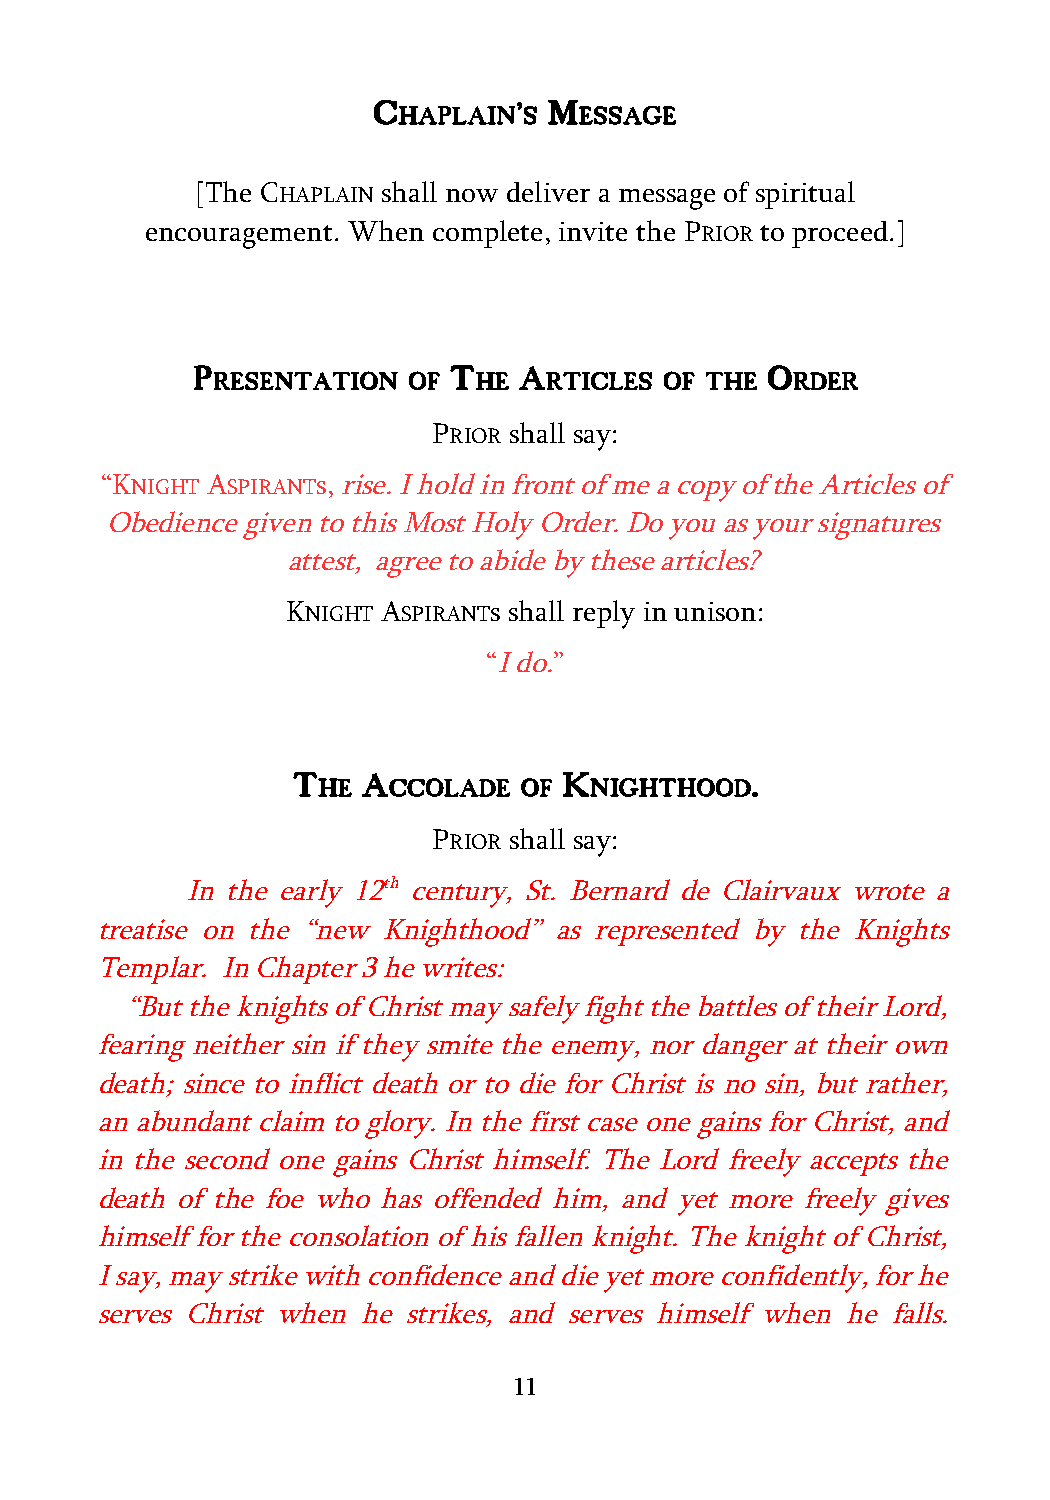
C        ' M
 HAPLAIN  S  ESSAGE
 [The CHAPLAIN shall now deliver a message of spiritual
 encouragement. When complete, invite the PRIOR to proceed.]
 P                T   A                O
 RESENTATION  OF  HE   RTICLES OF THE   RDER
 PRIOR shall say:
 “KNIGHT ASPIRANTs, rise. I hold in front of me a copy of the Articles of
 Obedience given to this Most Holy Order. Do you as your signatures
 attest, agree to abide by these articles?
 KNIGHT ASPIRANTs shall reply in unison:
 “I do.”
 T    A            K            .
 HE   CCOLADE  OF  NIGHTHOOD
 PRIOR shall say:
 In the early 12th century, St. Bernard de Clairvaux wrote a
 treatise on the “new Knighthood” as represented by the Knights
 Templar. In Chapter 3 he writes:
 “But the knights of Christ may safely fight the battles of their Lord,
 fearing neither sin if they smite the enemy, nor danger at their own
 death; since to inflict death or to die for Christ is no sin, but rather,
 an abundant claim to glory. In the first case one gains for Christ, and
 in the second one gains Christ himself. The Lord freely accepts the
 death of the foe who has offended him, and yet more freely gives
 himself for the consolation of his fallen knight. The knight of Christ,
 I say, may strike with confidence and die yet more confidently, for he
 serves Christ when he strikes, and serves himself when he falls.
 11